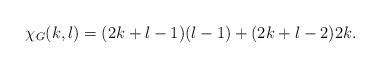
LaTeX: \begin{align*} \chi_G(k,l)=(2k+l-1)(l-1)+(2k+l-2)2k.\end{align*}